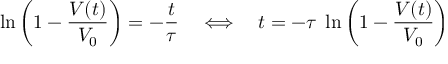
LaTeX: \ln \left( 1 - { \frac { V ( t ) } { V _ { 0 } } } \right) = - { \frac { t } { \tau } } \quad \Longleftrightarrow \quad t = - \tau \; \ln \left( 1 - { \frac { V ( t ) } { V _ { 0 } } } \right)